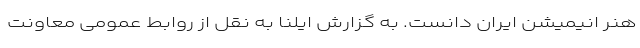
هنر انیمیشن ایران دانست. به گزارش ایلنا به نقل از روابط عمومی معاونت